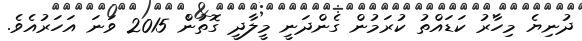
ދުނިޔެ މިހާރު ކަޑައްތު ކުރަމުން ގެންދަނީ މީލާދީ ގޮތުން 2015 ވަނަ އަަހަރުއެވެ.